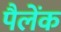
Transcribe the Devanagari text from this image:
पैलेंक